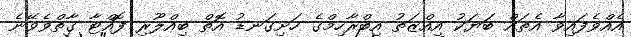
އެއްވެފައިވާ އެތައް ބަޔަކު އިއްޒަތު އިބްރާހިމްގެ ހަށިގަނޑު އޮތް ބިއްލޫރި ފޮއްޓާ ގާތްވެވޭނެ